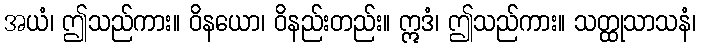
အယံ၊ ဤသည်ကား။ ဝိနယော၊ ဝိနည်းတည်း။ ဣဒံ၊ ဤသည်ကား။ သတ္ထုသာသနံ၊